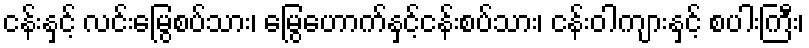
ငန်းနှင့် လင်းမြွေစပ်သား၊ မြွေဟောက်နှင့်ငန်းစပ်သား၊ ငန်းဝါကျားနှင့် စပါးကြီး၊